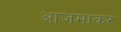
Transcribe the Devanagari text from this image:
आजमाकर